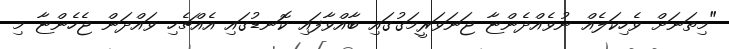
"މިތަނަށް ވެހިކަލެއް ނުވެއްދެންޏާ ޖަނަވަރީމަގުގައި ބާއްވާފައި ކޮނޑުގައި އެއްޗެހި ވައްދަން ޖެހެންޏާ މި